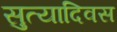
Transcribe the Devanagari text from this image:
सुत्यादिवस